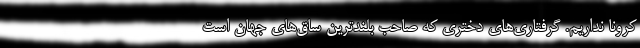
کرونا نداریم. گرفتاری‌های دختری که صاحب بلندترین ساق‌های جهان است